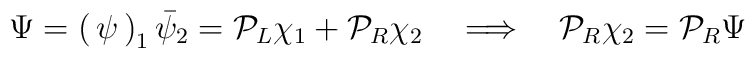
\Psi = \begin{pmatrix} \psi_1 \\ \bar{\psi}_2 \end{pmatrix} = {\cal P}_L  \chi_1 + {\cal P}_R \chi_2 \quad \Longrightarrow \quad {\cal P}_R \chi_2 =  {\cal P}_R \Psi